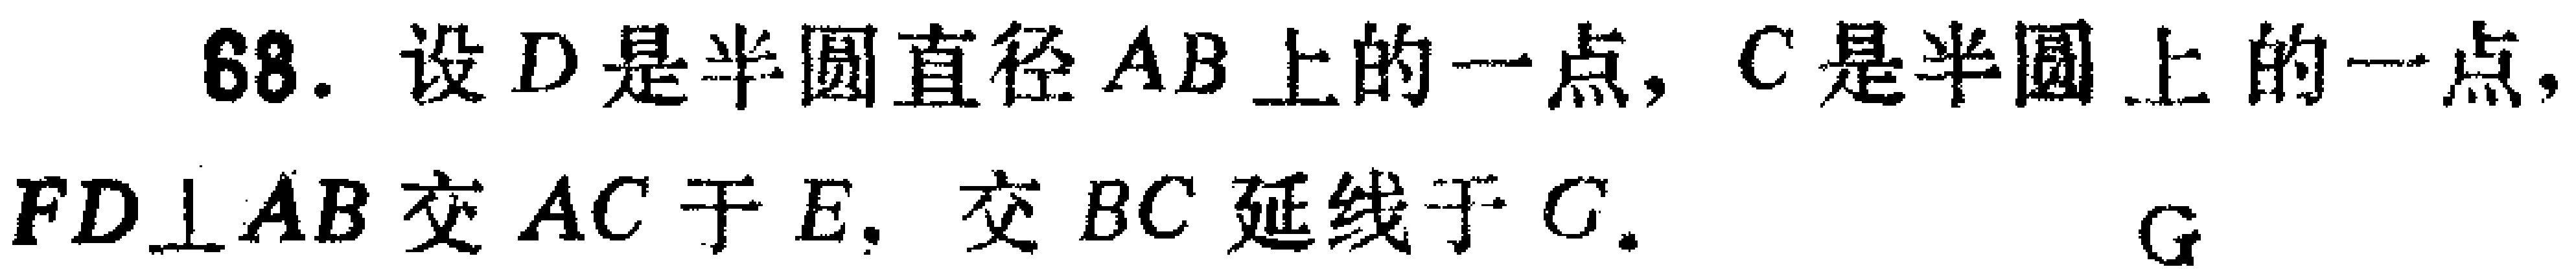
68. 设\(D\)是半圆直径\(AB\)上的一点，\(C\)是半圆上的一点，\(FD\perp AB\)交\(AC\)于\(E\)，交\(BC\)延线于\(G\)。